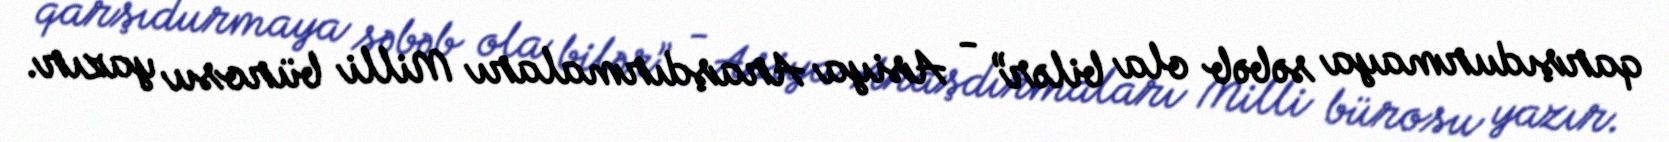
qarşıdurmaya səbəb ola bilər” - Asiya Araşdırmaları Milli bürosu yazır.